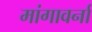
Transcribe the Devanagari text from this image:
मांगावर्ना